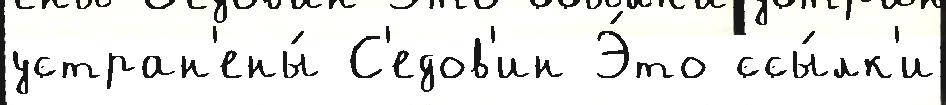
устран'ены́ С'едов'ин Э́то ссы́лк'и